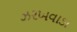
ઝરખવાડા